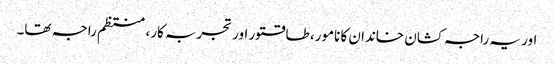
اور یہ راجہ کشان خاندان کا نامور، طاقتور اور تجربہ کار، منتظم راجہ تھا۔